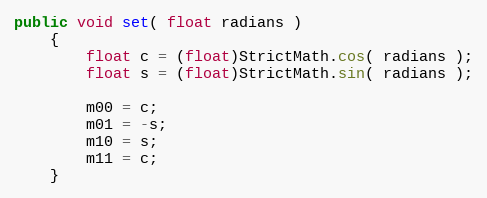
Language: Java
public void set( float radians )
	{
		float c = (float)StrictMath.cos( radians );
		float s = (float)StrictMath.sin( radians );

		m00 = c;
		m01 = -s;
		m10 = s;
		m11 = c;
	}